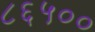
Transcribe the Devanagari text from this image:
८६५००